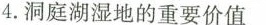
4.洞庭湖湿地的重要价值